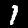
Digit: 1